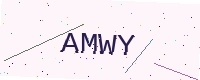
Text: AMWY